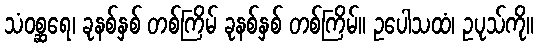
သံဝစ္ဆရေ၊ ခုနစ်နှစ် တစ်ကြိမ် ခုနစ်နှစ် တစ်ကြိမ်။ ဥပေါသထံ၊ ဥပုသ်ကို။